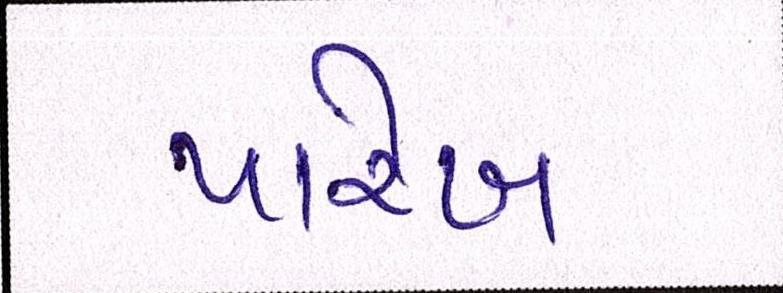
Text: પારેખ